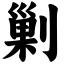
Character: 剿